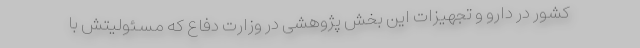
کشور در دارو و تجهیزات این بخش پژوهشی در وزارت دفاع که مسئولیتش با